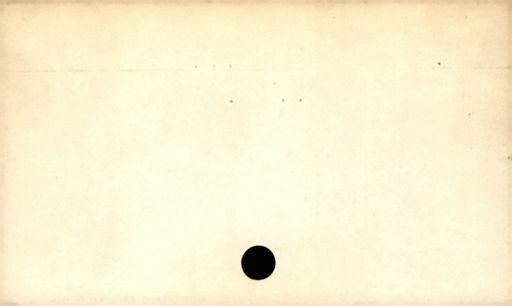
Label: blank